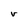
Character: V